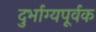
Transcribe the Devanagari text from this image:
दुर्भाग्यपूर्वक